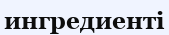
ингредиенті